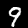
Digit: 9